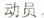
动员。